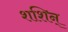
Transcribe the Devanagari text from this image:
शशिन्‌